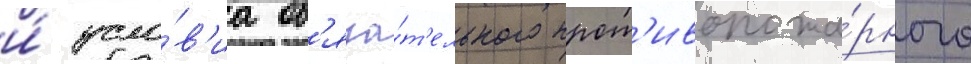
и́ усло́в'иа об'яза́т'ельного прот'ивопожа́рного